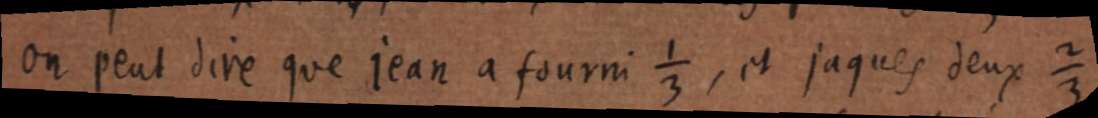
On peut dire que jean a fourni ⅓, et jaques deux ⅔